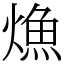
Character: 龽